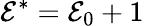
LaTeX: \mathcal{E}^{*}=\mathcal{E}_{0}+1